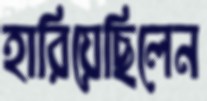
হারিয়েছিলেন